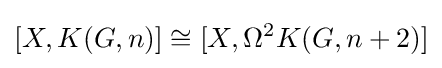
[X,K(G,n)]\cong [X,\Omega ^{2}K(G,n+2)]